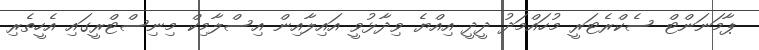
ޕާމަނަންޓް ސެކްރެޓަރީ މުހައްމަދު ދީދީ އިއްޔެ ވިދާޅުވީ އައިލާއިން އިސްލާމިކް މިނިސްޓްރީގައި އެހީތެރި